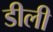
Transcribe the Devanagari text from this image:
डीली